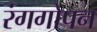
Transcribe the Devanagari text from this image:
रंगगोपन